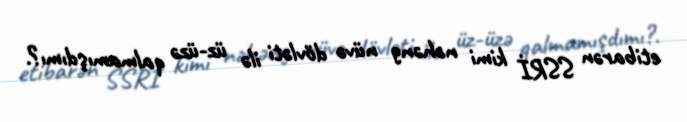
etibarən SSRİ kimi nəhəng nüvə dövləti ilə üz-üzə qalmamışdımı?.